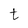
Character: t